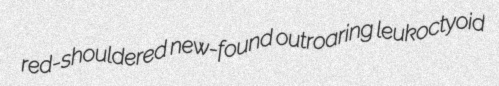
red-shouldered new-found outroaring leukoctyoid